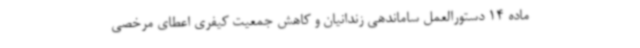
ماده 14 دستورالعمل ساماندهی زندانیان و کاهش جمعیت کیفری اعطای مرخصی